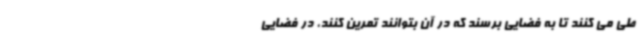
طی می کنند تا به فضایی برسند که در آن بتوانند تمرین کنند، در فضایی